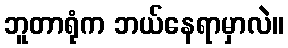
ဘူတာရုံက ဘယ်နေရာမှာလဲ။